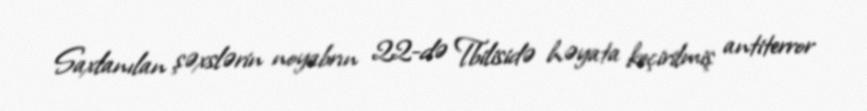
Saxlanılan şəxslərin noyabrın 22-də Tbilisidə həyata keçirilmiş antiterror